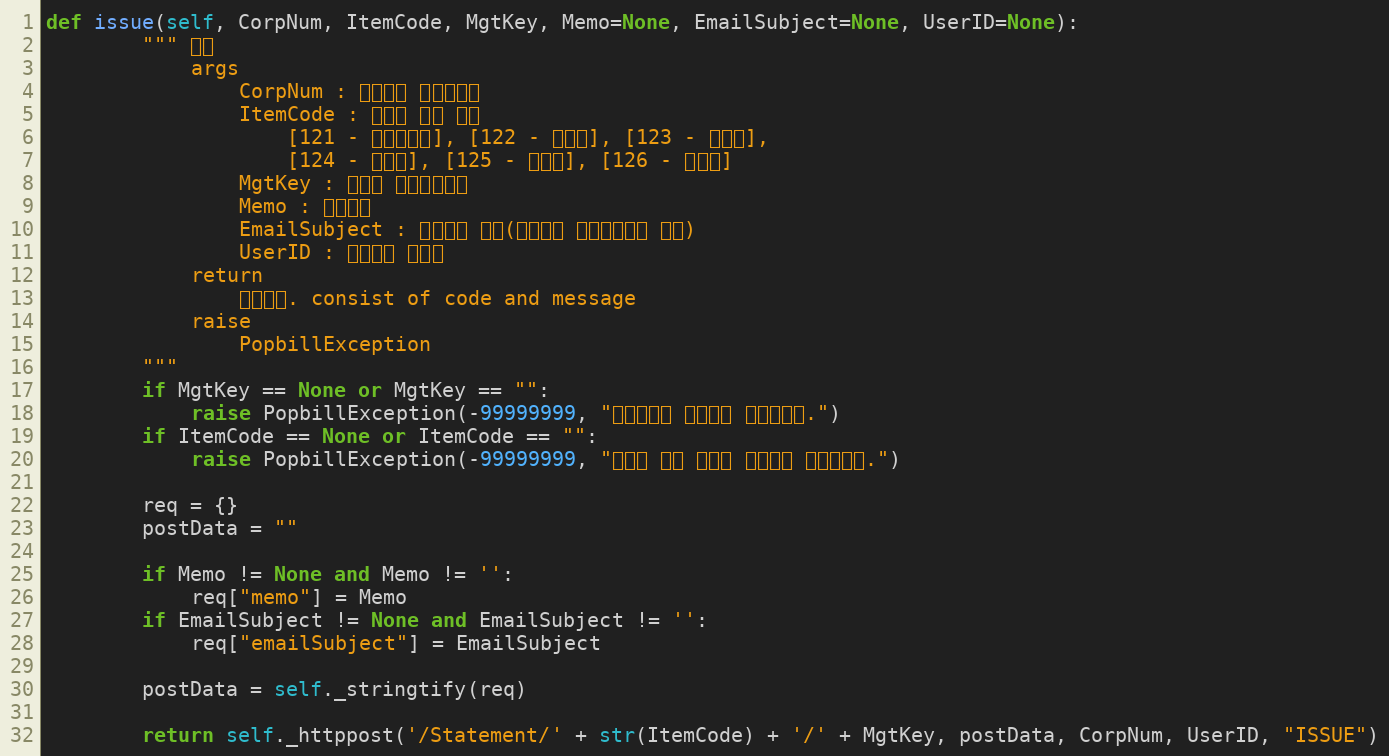
Language: Python
def issue(self, CorpNum, ItemCode, MgtKey, Memo=None, EmailSubject=None, UserID=None):
        """ 발행
            args
                CorpNum : 팝빌회원 사업자번호
                ItemCode : 명세서 종류 코드
                    [121 - 거래명세서], [122 - 청구서], [123 - 견적서],
                    [124 - 발주서], [125 - 입금표], [126 - 영수증]
                MgtKey : 파트너 문서관리번호
                Memo : 처리메모
                EmailSubject : 발행메일 제목(미기재시 기본양식으로 전송)
                UserID : 팝빌회원 아이디
            return
                처리결과. consist of code and message
            raise
                PopbillException
        """
        if MgtKey == None or MgtKey == "":
            raise PopbillException(-99999999, "관리번호가 입력되지 않았습니다.")
        if ItemCode == None or ItemCode == "":
            raise PopbillException(-99999999, "명세서 종류 코드가 입력되지 않았습니다.")

        req = {}
        postData = ""

        if Memo != None and Memo != '':
            req["memo"] = Memo
        if EmailSubject != None and EmailSubject != '':
            req["emailSubject"] = EmailSubject

        postData = self._stringtify(req)

        return self._httppost('/Statement/' + str(ItemCode) + '/' + MgtKey, postData, CorpNum, UserID, "ISSUE")